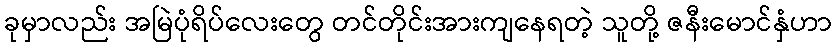
ခုမှာလည်း အမြဲပုံရိပ်လေးတွေ တင်တိုင်းအားကျနေရတဲ့ သူတို့ ဇနီးမောင်နှံဟာ